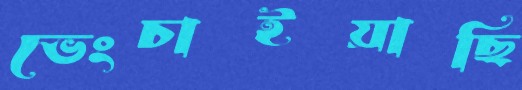
ভেংচাইয়াছি